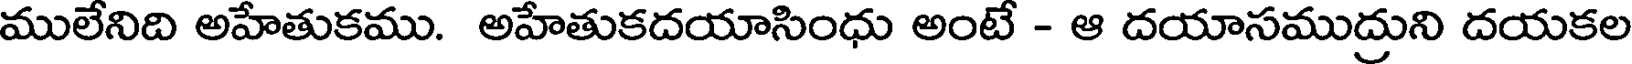
ములేనిది అహేతుకము. అహేతుకదయాసింధు అంటే - ఆ దయాసముద్రుని దయకల